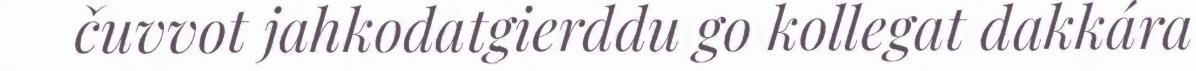
čuvvot jahkodatgierddu go kollegat dakkára